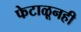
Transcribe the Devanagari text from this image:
फेटाळूनही